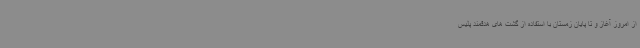
از امروز آغاز و تا پایان زمستان با استفاده از گشت های هدفمند پلیس